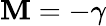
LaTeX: \mathbf{M}=-\gamma